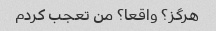
هرگز؟ واقعا؟ من تعجب کردم